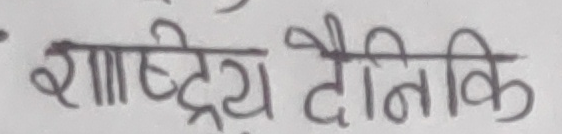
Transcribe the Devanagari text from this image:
राष्ट्रिय दैनिकि